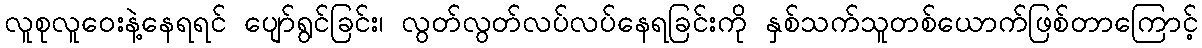
လူစုလူဝေးနဲ့နေရရင် ပျော်ရွင်ခြင်း၊ လွတ်လွတ်လပ်လပ်နေရခြင်းကို နှစ်သက်သူတစ်ယောက်ဖြစ်တာကြောင့်